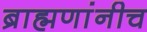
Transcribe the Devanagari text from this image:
ब्राह्मणांनीच